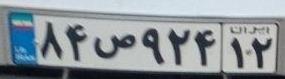
۸۴ص۹۲۴۱۲